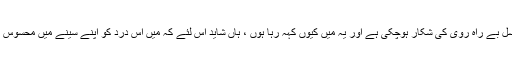
موجودہ نسل بے راہ روی کی شکار ہوچکی ہے اور یہ میں کیوں کہہ رہا ہوں ، ہاں شاید اس لئے کہ میں اِس درد کو اپنے سینے میں محسوس کرتا ہوں۔